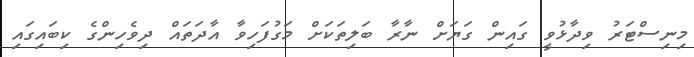
މިނިސްޓަރު ވިދާޅުވީ ގައިން ގަޔަށް ނާރާ ބަލިތަކަށް މަގުފަހިވާ އާދަތައް ދިވެހިންގެ ކިބައިގައި